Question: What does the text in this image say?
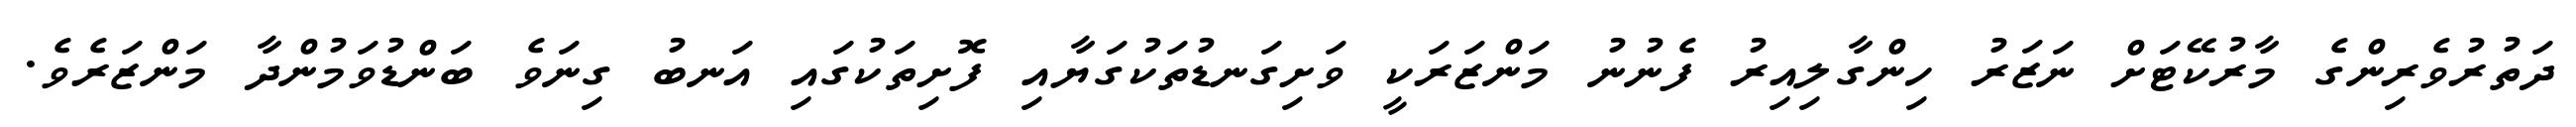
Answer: ދަތުރުވެރިންގެ މާރުކޭޓަށް ނަޒަރު ހިންގާލިއިރު ފެނުނު މަންޒަރަކީ ވަށިގަނޑުތަކުގަޔާއި ފޮށިތަކުގައި އަނބު ގިނަވެ ބަންޑުވަމުންދާ މަންޒަރެވެ.